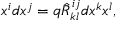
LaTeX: x ^ { i } d x ^ { j } = q \hat { R } _ { k l } ^ { i j } d x ^ { k } x ^ { l } ,